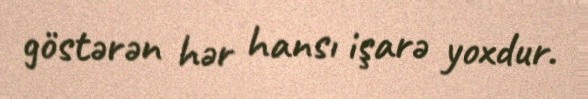
göstərən hər hansı işarə yoxdur.